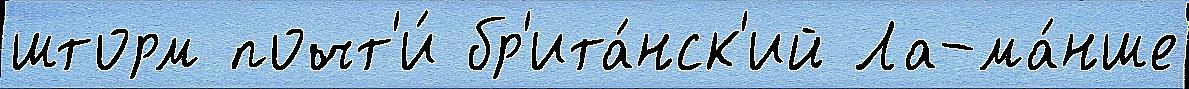
шторм почт'и́ бр'ита́нск'ий Ла-ма́нше